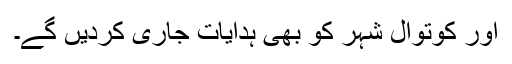
اور کوتوال شہر کو بھی ہدایات جاری کردیں گے۔